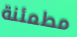
مطمئنة